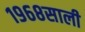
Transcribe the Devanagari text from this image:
१९६८साली